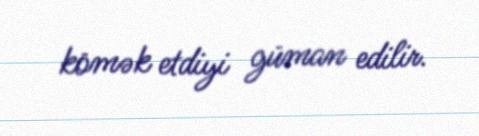
kömək etdiyi güman edilir.